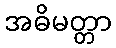
အဓိမတ္တာ